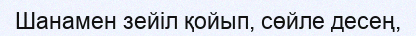
Шанамен зейіл қойып, сөйле десең,